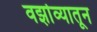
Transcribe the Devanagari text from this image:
वर्झाव्यातून